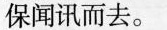
保闻讯而去。